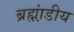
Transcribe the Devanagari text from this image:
ब्रह्म़ा़ंडीय